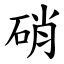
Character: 硝